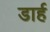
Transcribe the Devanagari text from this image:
डार्ह